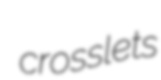
crosslets